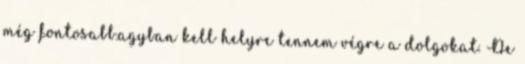
még fontosabb.agyban kell helyre tennem végre a dolgokat. De